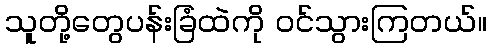
သူတို့တွေပန်းခြံထဲကို ဝင်သွားကြတယ်။